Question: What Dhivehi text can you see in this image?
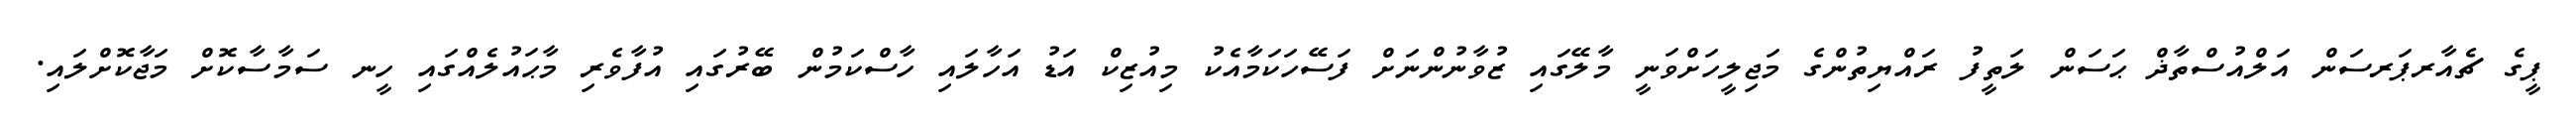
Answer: ޕީގެ ޗެއާރޕަރސަން އަލްއުސްތާޛް ޙަސަން ލަތީފު ރައްޔިތުންގެ މަޖިލީހަށްވަނީ މާލޭގައި ޒުވާނުންނަށް ފަސޭހަކަމާއެކު މިއުޒިކް އަޑު އަހާލައި ހާސްކަމުން ބޭރުގައި އުފާވެރި މާޙައުލެއްގައި ހީނ ސަމާސާކޮށް މަޖާކޮށްލައި.